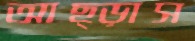
আছ্‌ড়াস